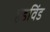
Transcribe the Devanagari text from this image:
हेडविंड